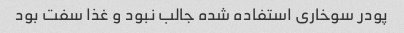
پودر سوخاری استفاده شده جالب نبود و غذا سفت بود